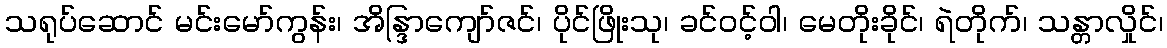
သရုပ်ဆောင် မင်းမော်ကွန်း၊ အိန္ဒြာကျော်ဇင်၊ ပိုင်ဖြိုးသု၊ ခင်ဝင့်ဝါ၊ မေတိုးခိုင်၊ ရဲတိုက်၊ သန္တာလှိုင်၊